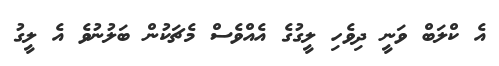
އެ ކްލަބް ވަނީ ދިވެހި ލީގުގެ އެއްވެސް މެޗަކުން ބަލުނުވެ އެ ލީގު